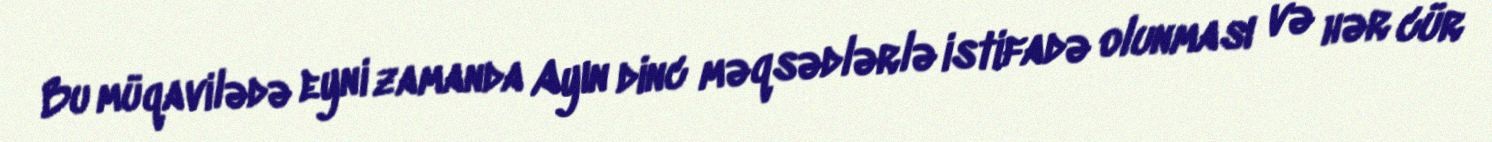
Bu müqavilədə eyni zamanda Ayın dinc məqsədlərlə istifadə olunması və hər cür